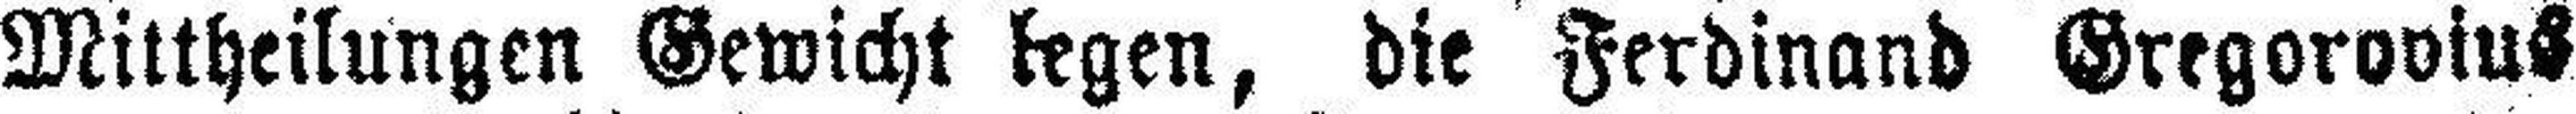
Mittheilungen Gewicht legen, die Ferdinand Gregorovius